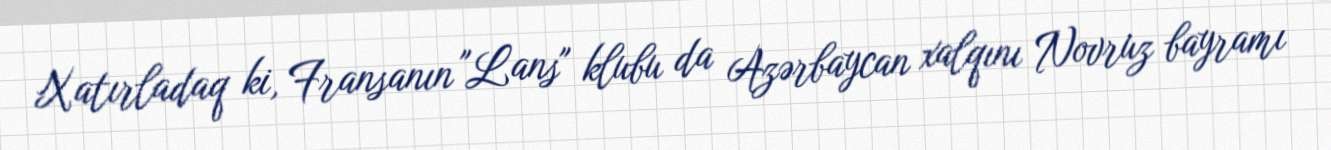
Xatırladaq ki, Fransanın "Lans" klubu da Azərbaycan xalqını Novruz bayramı